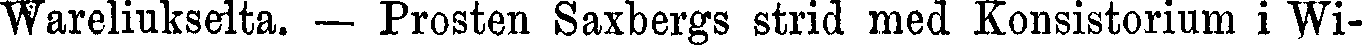
Wareliukseita. — Prosten Saxbergs strid med Konsistorium i Wi-